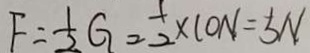
F = \frac { 1 } { 2 } G = \frac { 1 } { 2 } \times 1 0 N = 5 N